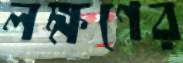
লক্ষণের